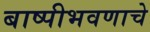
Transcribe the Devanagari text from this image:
बाष्पीभवणाचे